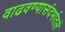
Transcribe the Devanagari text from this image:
वाढवण्यासंदर्भातले